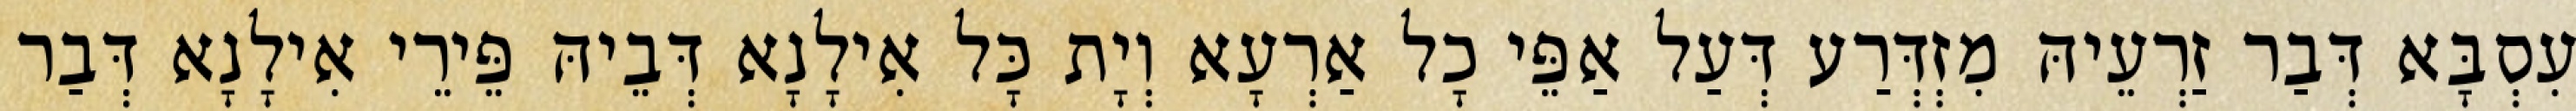
עִסְבָּא דְּבַר זַרְעֵיהּ מִזְדְּרַע דְּעַל אַפֵּי כָל אַרְעָא וְיָת כָּל אִילָנָא דְּבֵיהּ פֵּירֵי אִילָנָא דְּבַר